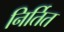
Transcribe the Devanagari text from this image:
निर्तित